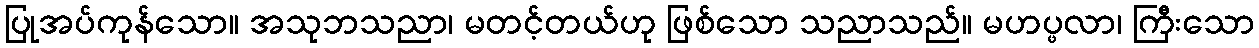
ပြုအပ်ကုန်သော။ အသုဘသညာ၊ မတင့်တယ်ဟု ဖြစ်သော သညာသည်။ မဟပ္ဖလာ၊ ကြီးသော